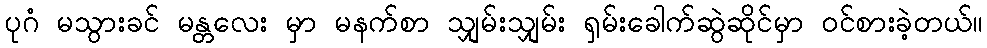
ပုဂံ မသွားခင် မန္တလေး မှာ မနက်စာ သျှမ်းသျှမ်း ရှမ်းခေါက်ဆွဲဆိုင်မှာ ဝင်စားခဲ့တယ်။